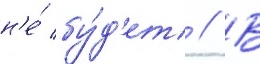
н'е́ бу́д'ет // В